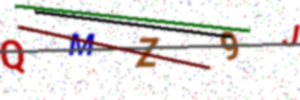
Text: QMZ9J